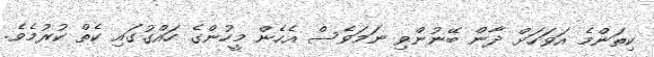
ކިތަންމެ އަވަހަށް ދާން ބޭނުންވި ނަމަވެސް އެހެން މީހުންގެ ހައްގުގައި ކެތް ކުރުމެވެ.